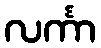
လင်္ကာ